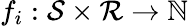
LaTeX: f_{i}:\mathcal{S}\times\mathcal{R}\to\mathbb{N}